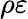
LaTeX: \rho\varepsilon